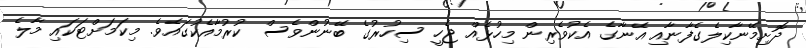
ދޮށިމޭނާކިލެގެފާނާއި އޭނާގެ އެކުވެރިން މިހުޅެއް ޖެހީ ސިހުރުގެ ބޭނުންވެސް ކުރުމާއެކުގައެވެ. މިކަމަށްޓަކައި މާލެ